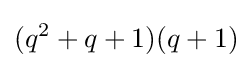
(q^{2}+q+1)(q+1)